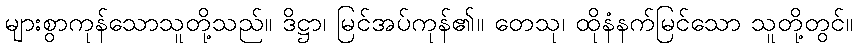
များစွာကုန်သောသူတို့သည်။ ဒိဋ္ဌာ၊ မြင်အပ်ကုန်၏။ တေသု၊ ထိုနံနက်မြင်သော သူတို့တွင်။